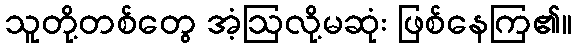
သူတို့တစ်တွေ အံ့ဩလို့မဆုံး ဖြစ်နေကြ၏။